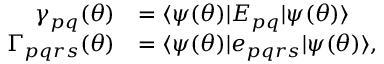
\begin{array} { r l } { \gamma _ { p q } ( { \boldsymbol { \theta } } ) } & { = \ensuremath { \langle { \psi ( { \boldsymbol { \theta } } ) } \rvert } E _ { p q } \ensuremath { \lvert { \psi ( { \boldsymbol { \theta } } ) } \rangle } } \\ { \Gamma _ { p q r s } ( { \boldsymbol { \theta } } ) } & { = \ensuremath { \langle { \psi ( { \boldsymbol { \theta } } ) } \rvert } e _ { p q r s } \ensuremath { \lvert { \psi ( { \boldsymbol { \theta } } ) } \rangle } , } \end{array}